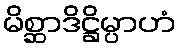
မိစ္ဆာဒိဋ္ဌိမ္ပာဟံ